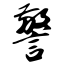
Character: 警